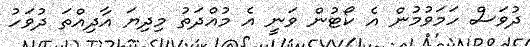
ދުވަސް ހަމަވުމުން އެ ކޯޓުން ވަނީ އެ މުއްދަތު މިދިޔަ އާދިއްތަ ދުވަހު